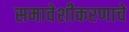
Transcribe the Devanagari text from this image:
समावेशीकरणाचे